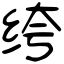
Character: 绔